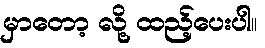
မှာတော့ လို့ ထည့်ပေးပါ။